Report of the Municipal Commissioner on the plague in Bombay for the year ending 31st May... - Volume 2
Disease focus: Plague
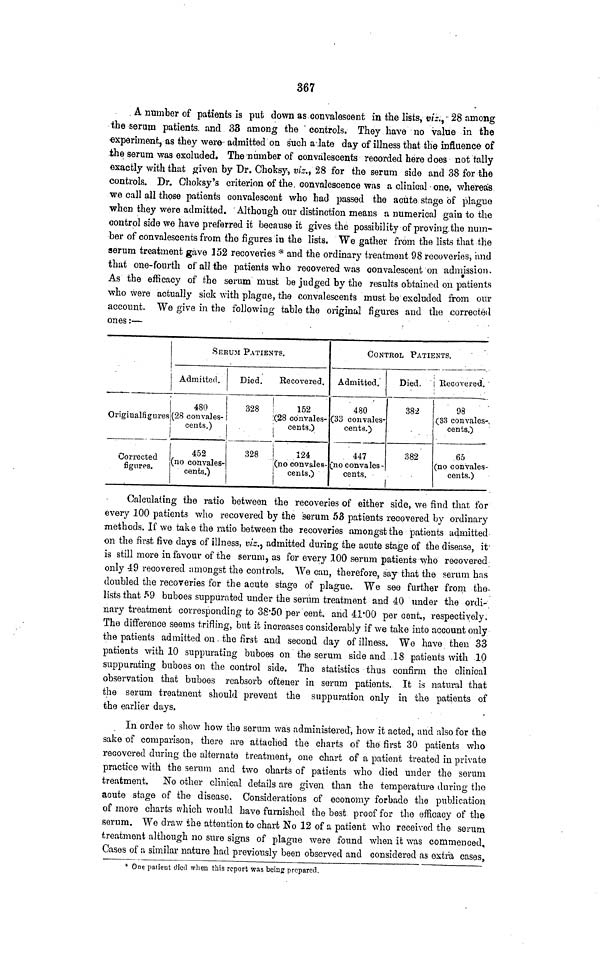
367
A number of patients is put down as convalescent in the lists, viz., 28 among
the serum patients, and 33 among the controls. They have no value in the
experiment, as they were admitted on such a late day of illness that the influence of
the serum was excluded. The number of convalescents recorded here does not tally
exactly with that given by Dr. Choksy, viz,, 28 for the serum side and 38 for the
controls. Dr. Choksy's criterion of the convalescence was a clinical one, whereas
we call all those patients convalescent who had passed the acute stage of plague
when they were admitted. Although our distinction means a numerical gain to the
control side we have preferred it because it gives the possibility of proving, the num-
ber of convalescents from the figures in the lists. We gather from the lists that the
serum treatment gave 152 recoveries * and the ordinary treatment 98 recoveries, and
that one-fourth of all the patients who recovered was convalescent on admission.
As the efficacy of the serum must be judged by the results obtained on patients
who were actually sick with plague, the convalescents must be excluded from our
account. We give in the following table the original figures and the corrected
ones :—
SERUM PATIENTS.
Admitted.
480
Original figures|(28 con vales-
Corrected
figures.
cents.)
452
(no convales-
cents.)
Died.
328
328
Recovered.
152
(28 convales-
cents.)
124
(no convales-
cents.)
CONTROL PATIENTS.
Admitted.
480
(33 convales-
cents.)
447
(no convales-
cents.
Died.
382
382
Recovered.
98
(33 convales-
cents.)
65
(no convales-
cents.)
Calculating the ratio between the recoveries of either side, we find that for
every 100 patients who recovered by the serum 53 patients recovered by ordinary
methods. If we take the ratio between the recoveries amongst the patients admitted
on the first five days of illness, viz., admitted during the acute stage of the disease, it-
is still more in favour of the serum, as for every 100 serum patients who recovered
only 49 recovered amongst the controls. We can, therefore, say that the serum has
doubled the recoveries for the acute stage of plague. We see further from the-
lists that 59 buboes suppurated under the serum treatment and 40 under the ordi-
nary treatment corresponding to 38.50 per cent. and 41.00 per cent., respectively.
The difference seems trifling, but it increases considerably if we take into account only
the patients admitted on the first and second clay of illness. We have then 33
patients with 10 suppurating buboes on the serum side and 18 patients with 10
suppurating buboes on the control side. The statistics thus confirm the clinical
observation that buboes reabsorb oftener in serum patients. It is natural that
the serum treatment should prevent the suppuration only in the patients of
the earlier days.
In order to show how the serum was administered, how it acted, and also for the
sake of comparison, there are attached the charts of the first 30 patients who
recovered during the alternate treatment, one chart of a patient treated in private
practice with the serum and two charts of patients who died under the serum
treatment. No other clinical details are given than the temperature during the
acute stage of the disease. Considerations of economy forbade the publication
of more charts which would have furnished the best proof for the efficacy of the
serum. We draw the attention to chart No 12 of a patient who received the serum
treatment although no sure signs of plague were found when it was commenced.
Cases of a similar nature had previously been observed and considered as extra cases,
* One patient died when this report was being prepared.